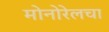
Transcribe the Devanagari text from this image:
मोनोरेलचा